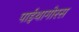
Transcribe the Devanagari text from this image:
पाईथागोरस